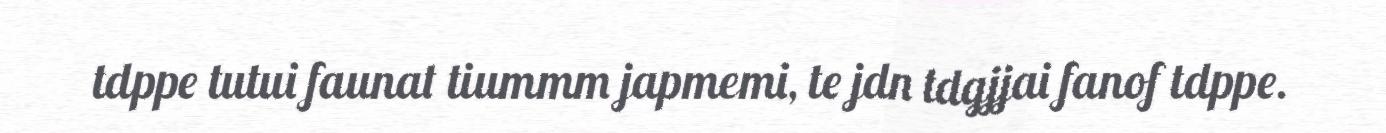
tdppe tutui faunat tiummm japmemi, te jdn tdgjjai fanof tdppe.